Report of the Indian Hemp Drugs Commission, 1894-1895 - Volume I
Year: 1894
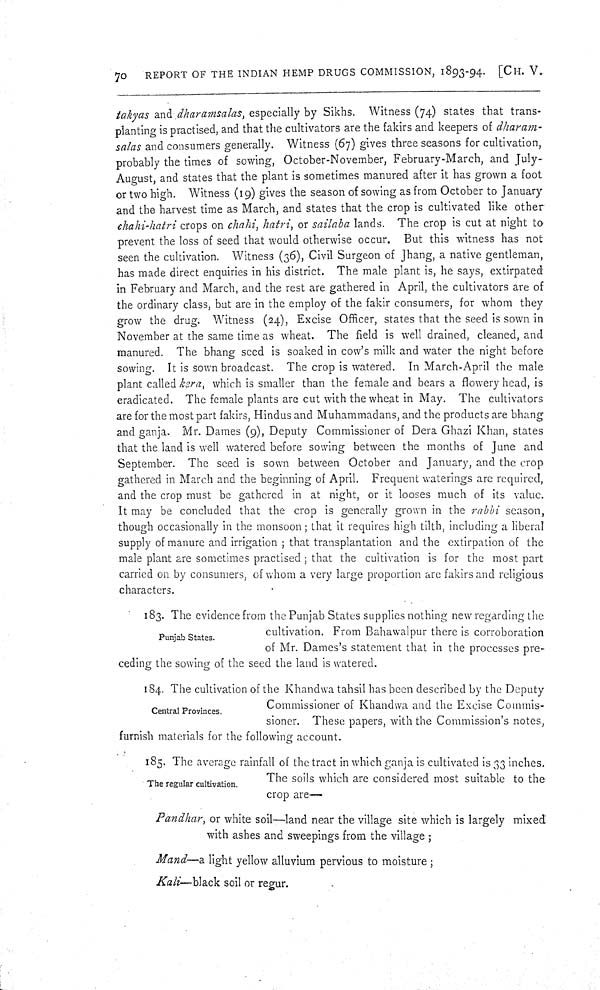
70
REPORT OF THE INDIAN HEMP DRUGS COMMISSION, 1893-94. [CH. V.
takyas and dharamsalas, especially by Sikhs. Witness (74) states that trans-
planting is practised, and that the cultivators are the fakirs and keepers of dharam-
salas and consumers generally. Witness (67) gives three seasons for cultivation,
probably the times of sowing, October-November, February-March, and July-
August, and states that the plant is sometimes manured after it has grown a foot
or two high. Witness (19) gives the season of sowing as from October to January
and the harvest time as March, and states that the crop is cultivated like other
chahi-hatri crops on chahi, hatri, or sailaba lands. The crop is cut at night to
prevent the loss of seed that would otherwise occur. But this witness has not
seen the cultivation. Witness (36), Civil Surgeon of Jhang, a native gentleman,
has made direct enquiries in his district. The male plant is, he says, extirpated
in February and March, and the rest are gathered in April, the cultivators are of
the ordinary class, but are in the employ of the fakir consumers, for whom they
grow the drug. Witness (24), Excise Officer, states that the seed is sown in
November at the same time as wheat. The field is well drained, cleaned, and
manured. The bhang seed is soaked in cow's milk and water the night before
sowing. It is sown broadcast. The crop is watered. In March-April the male
plant called kera, which is smaller than the female and bears a flowery head, is
eradicated. The female plants are cut with the wheat in May. The cultivators
are for the most part fakirs, Hindus and Muhammadans, and the products are bhang
and ganja. Mr. Dames (9), Deputy Commissioner of Dera Ghazi Khan, states
that the land is well watered before sowing between the months of June and
September. The seed is sown between October and January, and the crop
gathered in March and the beginning of April. Frequent waterings are required,
and the crop must be gathered in at night, or it looses much of its value.
It may be concluded that the crop is generally grown in the rabbi season,
though occasionally in the monsoon; that it requires high tilth, including a liberal
supply of manure and irrigation; that transplantation and the extirpation of the
male plant are sometimes practised; that the cultivation is for the most part
carried on by consumers, of whom a very large proportion are fakirs and religious
characters.
Punjab States.
183. The evidence from the Punjab States supplies nothing new regarding the
cultivation. From Bahawalpur there is corroboration
of Mr. Dames's statement that in the processes pre-
ceding the sowing of the seed the land is watered.
Central Provinces.
184. The cultivation of the Khandwa tahsil has been described by the Deputy
Commissioner of Khandwa and the Excise Commis-
sioner. These papers, with the Commission's notes,
furnish materials for the following account.
The regular cultivation.
185. The average rainfall of the tract in which ganja is cultivated is 33 inches.
The soils which are considered most suitable to the
crop are—
Pandhar, or white soil—land near the village site which is largely mixed
with ashes and sweepings from the village;
Mand—a light yellow alluvium pervious to moisture;
Kali—black soil or regur.